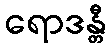
ရောဒန္တီ